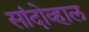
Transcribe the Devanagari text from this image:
सांदोव्हाल